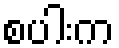
စပါးက